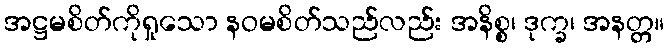
အဋ္ဌမစိတ်ကိုရှုသော နဝမစိတ်သည်လည်း အနိစ္စ၊ ဒုက္ခ၊ အနတ္တ။